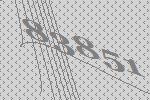
83851